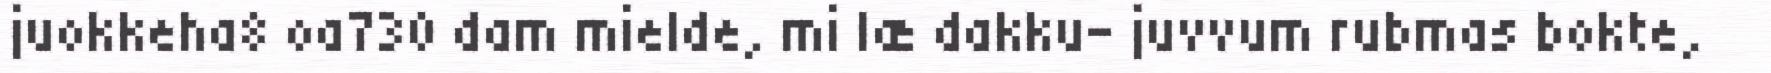
juokkeha8 oa730 dam mielde, mi læ dakku- juvvum rubmas bokte,